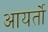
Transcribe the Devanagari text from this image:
आयर्तो